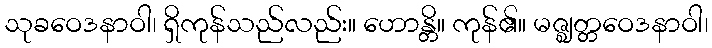
သုခဝေဒနာဝါ၊ ရှိကုန်သည်လည်း။ ဟောန္တိ။ ကုန်၏။ မဇ္ဈတ္တဝေဒနာဝါ၊